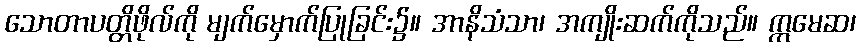
သောတာပတ္တိဖိုလ်ကို မျက်မှောက်ပြုခြင်း၌။ အာနိသံသာ၊ အကျိုးဆက်ကိုသည်။ ဣမေဆ၊